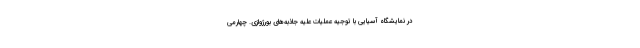
در نمایشگاه آسیایی با توجیه عملیات علیه جاذبه‌های بورژوازی. چهارمی